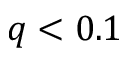
q < 0 . 1